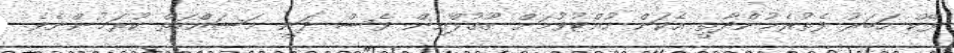
ފޭކް ހަބަރު ފެތުރެމުންދާތީ އެކަން ހުއްޓުވުމަށް ގޫގުލްއިން ވެސް ދަނީ މަސައްކަތް ކުރަމުންނެވެ.